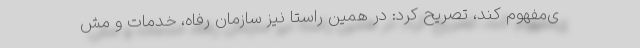
ی‌مفهوم کند، تصریح کرد: در همین راستا نیز سازمان رفاه، خدمات و مش